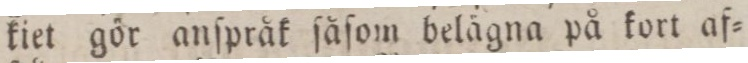
kiet gör anſpråk ſåſom belägna på kort af=